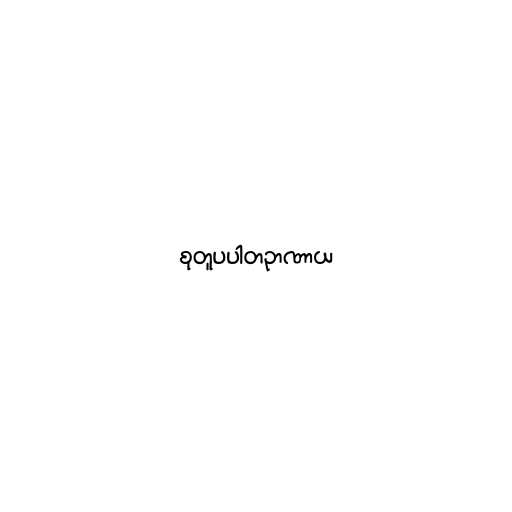
စုတူပပါတဉာဏာယ